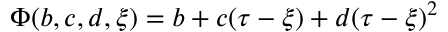
\Phi ( b , c , d , \xi ) = b + c ( \tau - \xi ) + d ( \tau - \xi ) ^ { 2 }